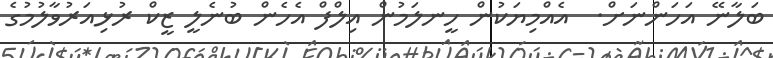
ބަލާނޭ އަހަންނަށް.  އެއްމިޔަކުން ހީނލަމުން އިލްފް އެހެން ބުނެލީ ޒީކް ރުޅިއަރުވާލުމުގެ